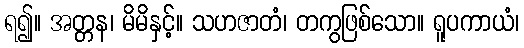
ရ၍။ အတ္တန၊ မိမိနှင့်။ သဟဇာတံ၊ တကွဖြစ်သော။ ရူပကာယံ၊